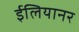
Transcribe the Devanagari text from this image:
ईलियानर